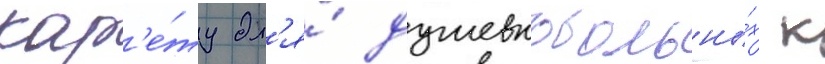
кар'е́ту дл'я́ душевнобольны́х к